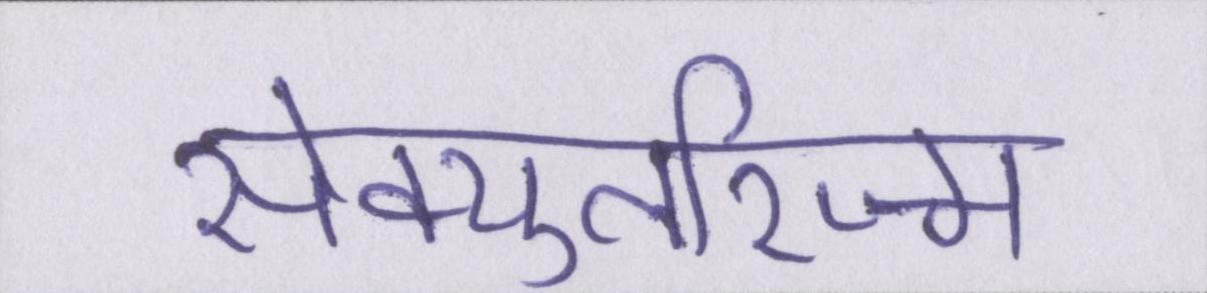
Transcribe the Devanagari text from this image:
सेक्युलरिज्म